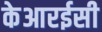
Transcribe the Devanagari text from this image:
केआरईसी